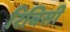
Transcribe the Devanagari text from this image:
रिबिसी